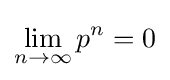
\lim _{n\to \infty }p^{n}=0